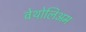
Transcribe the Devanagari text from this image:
वेथोलिअम